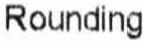
ROUNDING